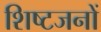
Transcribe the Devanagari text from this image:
शिष्टजनों